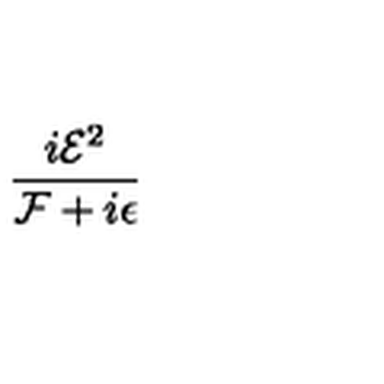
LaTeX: \frac { i { \mathcal { E } } ^ { 2 } } { { \mathcal { F } } + i \epsilon }